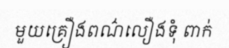
មួយគ្រឿងពណ៌លឿងទុំ ពាក់